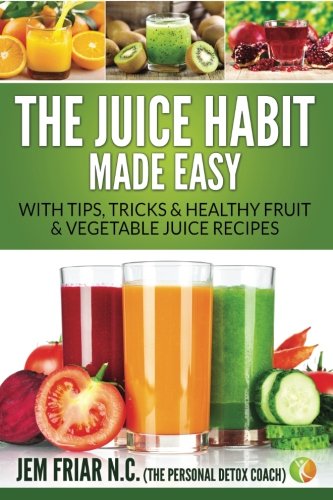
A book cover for The Juice Habit Made Easy: with tips, tricks & healthy fruit & vegetable recipes (The Personal Detox Coach's Simple Guide To Healthy Living Series ) (Volume 1); Jem Friar PDC; Cookbooks, Food & Wine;